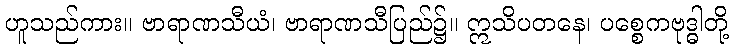
ဟူသည်ကား။ ဗာရာဏသီယံ၊ ဗာရာဏသီပြည်၌။ ဣသိပတနေ၊ ပစ္စေကဗုဒ္ဓါတို့